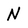
Character: N